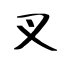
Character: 叉